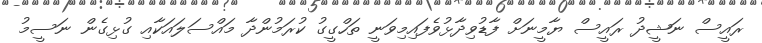
ރައީސް ނަޝީދު ރައީސް ޔާމީނަށް ފާޑުވިދާޅުވެފައިމިވަނީ ތަހްގީގު ކުރަމުންދާ މައްސަލައަކާއި ގުޅިގެން ނަސީމު